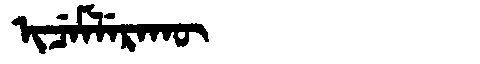
Manchu: ᡳᠴᡝᠮᠯᡝᡵᠠᡴᡡ
Romanization: ICEMLERAKŪ